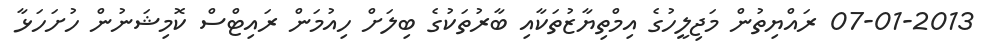
07-01-2013 ރައްޔިތުން މަޖިލީހުގެ އިމްތިޔާޒުތަކާއި ބާރުތަކުގެ ބިލަށް ހިއުމަން ރައިޓްސް ކޮމިޝަނުން ހުށަހަޅާ